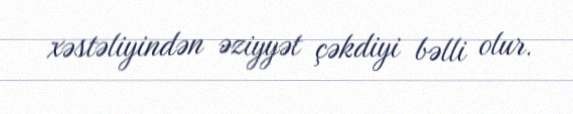
xəstəliyindən əziyyət çəkdiyi bəlli olur.